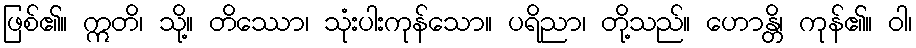
ဖြစ်၏။ ဣတိ၊ သို့။ တိဿော၊ သုံးပါးကုန်သော။ ပရိညာ၊ တို့သည်။ ဟောန္တိ၊ ကုန်၏။ ဝါ၊